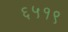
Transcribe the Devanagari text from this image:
६५१९